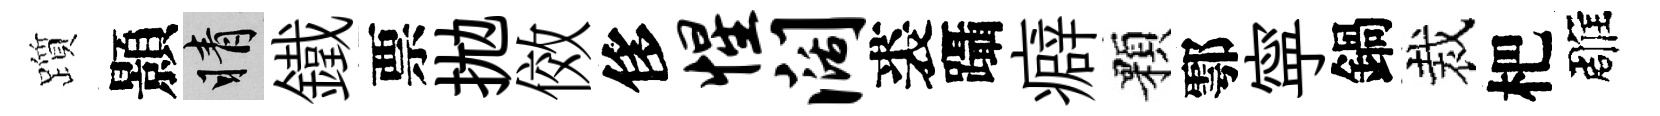
躓顥睛鐵票拋傚侈惺阔裘躡癖顆鄠寜鍋裁杷雕